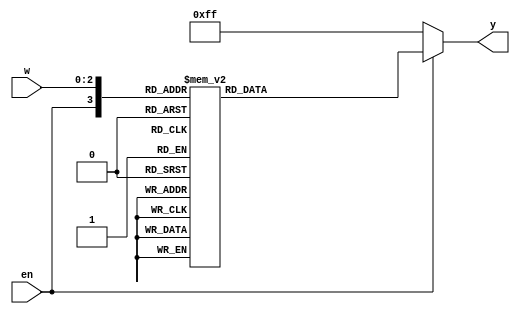
module prog1 (w, y, en);
	input [2:0] w;
	input en;
	output [7:0] y;
	reg [7:0] y;
	always @(w or en)
	begin
		if(en == 0)
			y = 8'b11111111;
		else
			case({en, w})
				15: y = 8'b11111110;
				14: y = 8'b11111101;
				13: y = 8'b11111011;
				12: y = 8'b11110111;
				11: y = 8'b11101111;
				10: y = 8'b11011111;
				 9: y = 8'b10111111;
				 8: y = 8'b01111111;
			default: y = 8'b11111111;
			endcase
	end 
endmodule